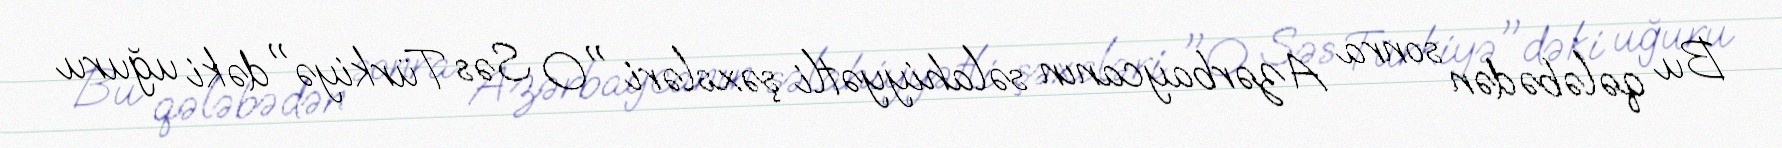
Bu qələbədən sonra Azərbaycanın səlahiyyətli şəxsləri "O Səs Türkiyə"dəki uğuru